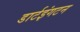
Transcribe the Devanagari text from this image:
डार्टइंगटन